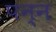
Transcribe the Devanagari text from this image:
पन्न